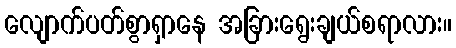
လျောက်ပတ်စွာရှာနေ အခြားရွေးချယ်စရာလား။